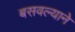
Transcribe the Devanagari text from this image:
बसवल्याने